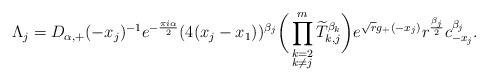
LaTeX: \begin{align*}\Lambda_{j} = D_{\alpha,+}(-x_{j})^{-1}e^{-\frac{\pi i \alpha}{2}} (4(x_{j}-x_{1}))^{\beta_{j}} \bigg( \prod_{\substack{k=2 \\ k \neq j}}^{m} \widetilde{T}_{k,j}^{\beta_{k}} \bigg)e^{\sqrt{r}g_{+}(-x_{j})}r^{\frac{\beta_{j}}{2}}c_{-x_{j}}^{\beta_{j}}.\end{align*}